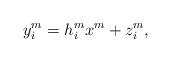
LaTeX: \begin{align*}y_i^m = h_i^m{x^m} + {z_i^m},\end{align*}